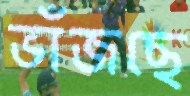
ভাঁজছে